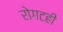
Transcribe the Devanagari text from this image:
रोगटही